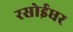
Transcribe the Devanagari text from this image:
रसोईधर